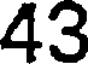
43